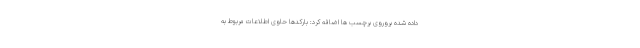
داده شده بروروی برچسب ها اضافه کرد: بارکدها حاوی اطلاعات مربوط به